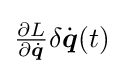
{\textstyle {\frac {\partial L}{\partial {\dot {\boldsymbol {q}}}}}\delta {\dot {\boldsymbol {q}}}(t)}